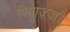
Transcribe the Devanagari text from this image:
पियाज़्ज़ी